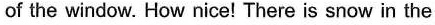
of the window. How nice! There is snow in the